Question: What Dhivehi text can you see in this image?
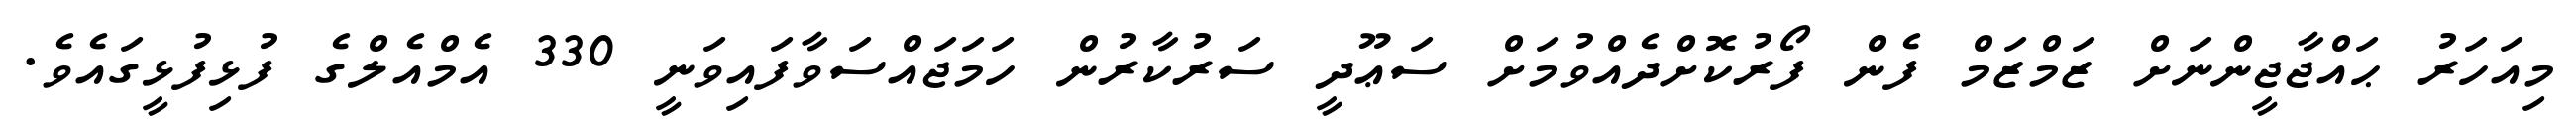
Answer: މިއަހަރު ޙައްޖާޖީންނަށް ޒަމްޒަމް ފެން ފޯރުކޮށްދެއްވުމަށް ސަޢޫދީ ސަރުކާރުން ހަމަޖައްސަވާފައިވަނީ 330 އެމްއެލްގެ ފުޅިފުޅީގައެވެ.